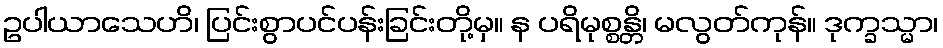
ဥပါယာသေဟိ၊ ပြင်းစွာပင်ပန်းခြင်းတို့မှ။ န ပရိမုစ္စန္တိ၊ မလွတ်ကုန်။ ဒုက္ခသ္မာ၊